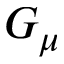
G _ { \mu }